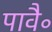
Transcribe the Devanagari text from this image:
पावै॰